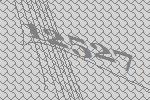
12527